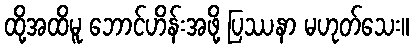
ထို့အထိမူ ဘောင်ဟိန်းအဖို့ ပြဿနာ မဟုတ်သေး။